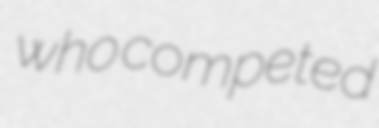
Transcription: who competed